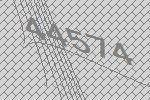
44574